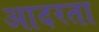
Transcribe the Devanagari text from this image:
आदरता